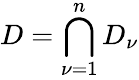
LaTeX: D=\bigcap_{\nu=1}^{n}D_{\nu}